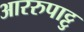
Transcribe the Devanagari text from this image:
आररुपाट्टु